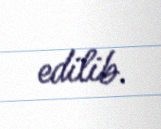
edilib.